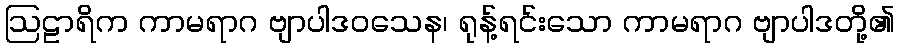
ဩဠာရိက ကာမရာဂ ဗျာပါဒဝသေန၊ ရုန့်ရင်းသော ကာမရာဂ ဗျာပါဒတို့၏